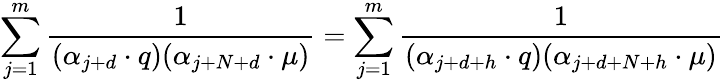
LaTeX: \sum_{j=1}^{m}{\frac{1}{(\alpha_{j+d}\cdot q)(\alpha_{j+N+d}\cdot\mu)}}=\sum_{j=1}^{m}{\frac{1}{(\alpha_{j+d+h}\cdot q)(\alpha_{j+d+N+h}\cdot\mu)}}